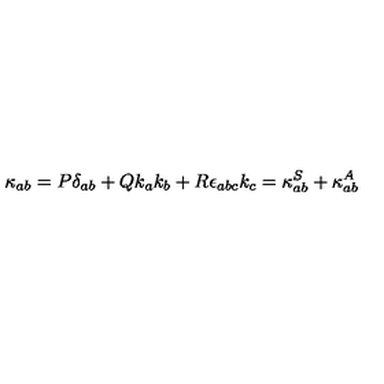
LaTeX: \kappa _ { a b } = P \delta _ { a b } + Q k _ { a } k _ { b } + R \epsilon _ { a b c } k _ { c } = \kappa _ { a b } ^ { S } + \kappa _ { a b } ^ { A }